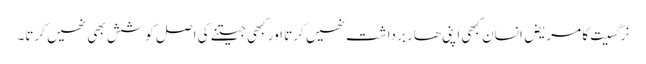
نرگسیت کا مریض انسان کبھی اپنی ھار برداشت نھیں کرتا اور کبھی جیتنے کی اصل کوشش بھی نھیں کرتا۔